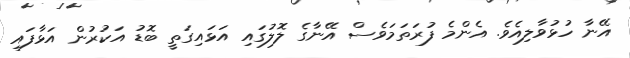
އޭނާ ހުޅުވާލިއެވެ. އެންމެ ފުރަތަމަވެސް އޭނާގެ ލޮލުގައި އަޅައިގަތީ ބޮޑު އަކުރުން އަޅާފައި